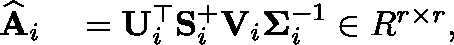
\begin{array} { r l } { \widehat { \mathbf { A } } _ { i } } & { { } = \mathbf { U } _ { i } ^ { \top } \mathbf { S } _ { i } ^ { + } \mathbf { V } _ { i } \mathbf { \Sigma } _ { i } ^ { - 1 } \in \mathbb { R } ^ { r \times r } , } \end{array}